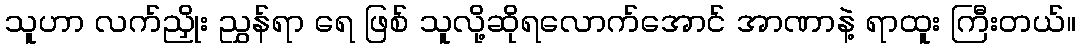
သူဟာ လက်ညှိုး ညွှန်ရာ ရေ ဖြစ် သူလို့ဆိုရလောက်အောင် အာဏာနဲ့ ရာထူး ကြီးတယ်။